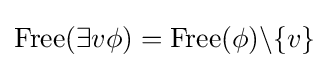
{\mbox{Free}}(\exists v\phi )={\mbox{Free}}(\phi )\backslash \{v\}